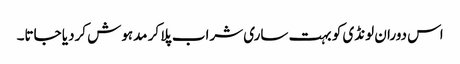
اس دوران لونڈی کو بہت ساری شراب پلا کر مدہوش کردیا جاتا۔